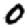
Digit: 0